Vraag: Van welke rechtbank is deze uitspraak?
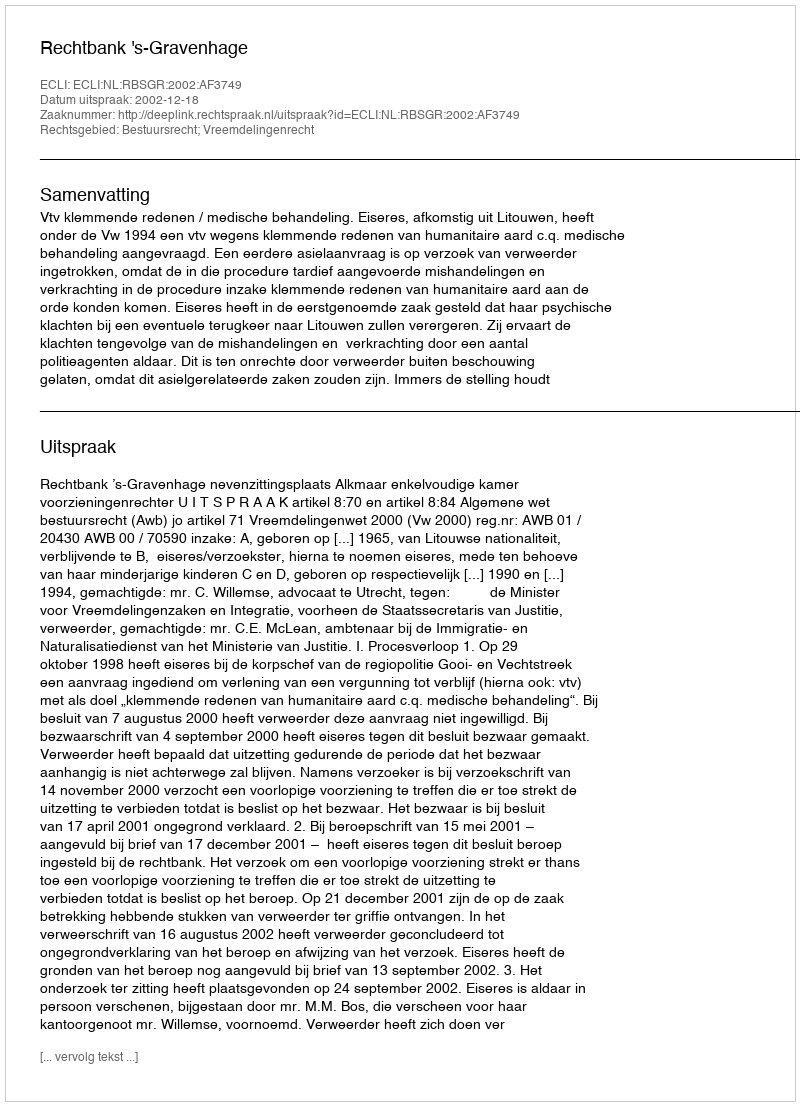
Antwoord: Rechtbank 's-Gravenhage